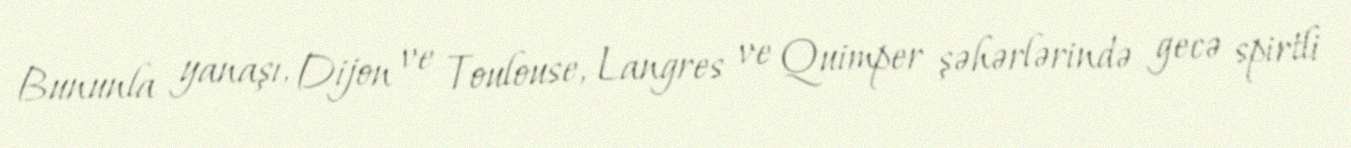
Bununla yanaşı, Dijon ve Toulouse, Langres ve Quimper şəhərlərində gecə spirtli